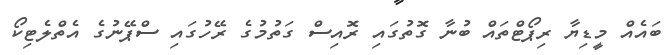
ބައެއް މީޑިޔާ ރިޕޯޓްތައް ބުނާ ގޮތުގައި ރޮއިސް ގަތުމުގެ ރޭހުގައި ސްޕޭނުގެ އެތްލެޓިކޯ